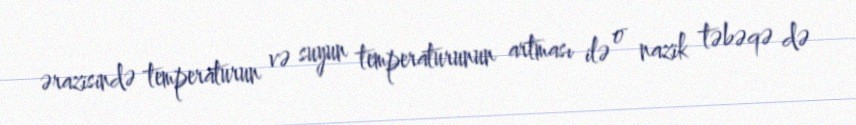
ərazisində temperaturun və suyun temperaturunun artması ilə o nazik təbəqə də